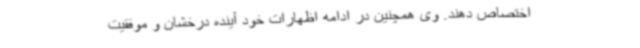
اختصاص دهند. وی همچنین در ادامه اظهارات خود آینده درخشان و موفقیت